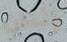
إثنان